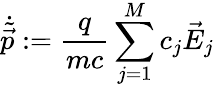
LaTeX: \displaystyle{\dot{\tilde{\vec{p}}}:=\frac{q}{mc}\sum_{j=1}^{M}c_{j}\vec{E}_{j}}